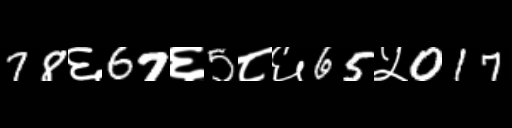
Text: 78६67६5८६65५017